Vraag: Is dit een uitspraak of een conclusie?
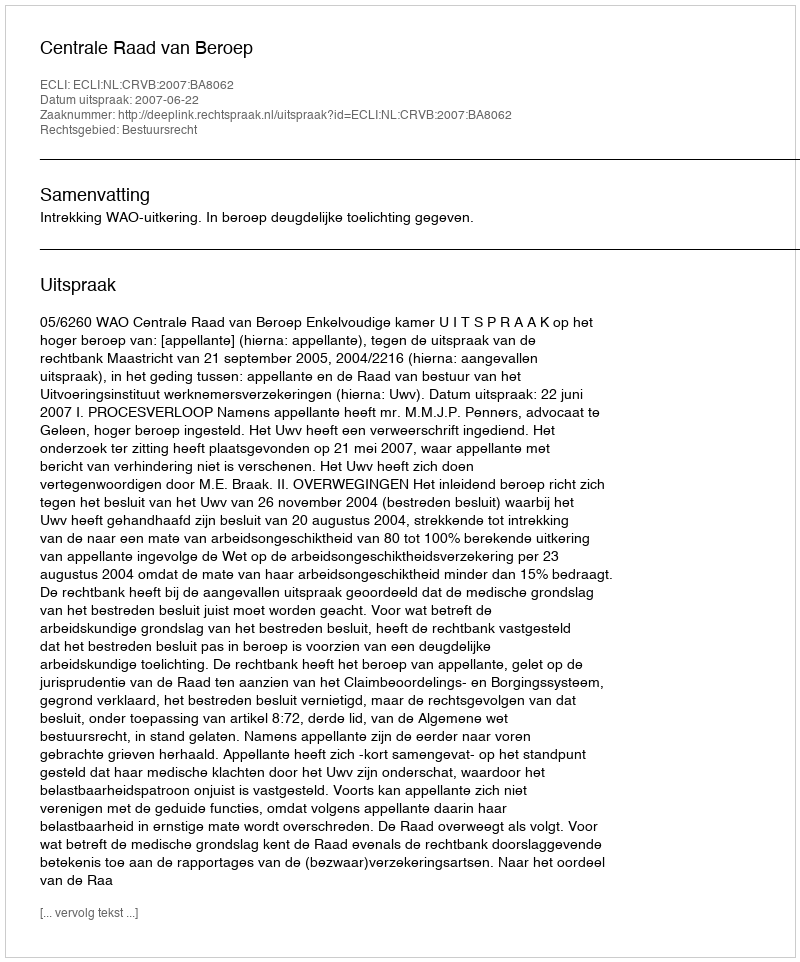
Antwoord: Uitspraak